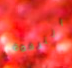
الترقوة